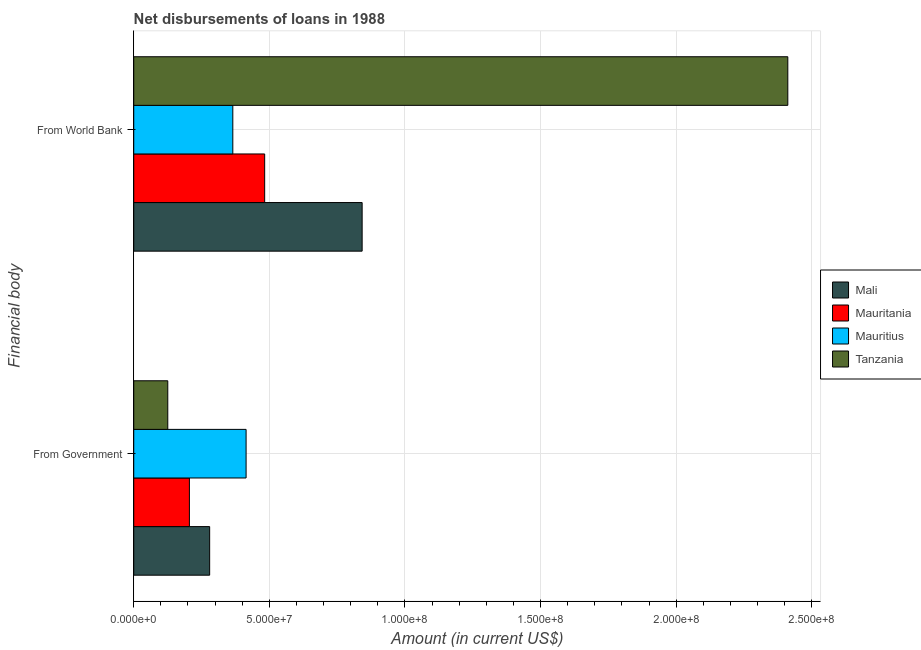
| Financial body | Mali | Mauritania | Mauritius | Tanzania |
 | --- | --- | --- | --- | --- |
 | From Government | 2.8e+07 | 2.05e+07 | 4.14e+07 | 1.25e+07 |
 | From World Bank | 8.42e+07 | 4.83e+07 | 3.65e+07 | 2.41e+08 |